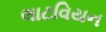
લાટવિયન